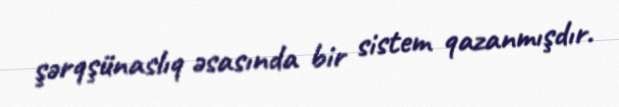
şərqşünaslıq əsasında bir sistem qazanmışdır.